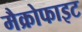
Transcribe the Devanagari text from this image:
मैक्रोफाइट